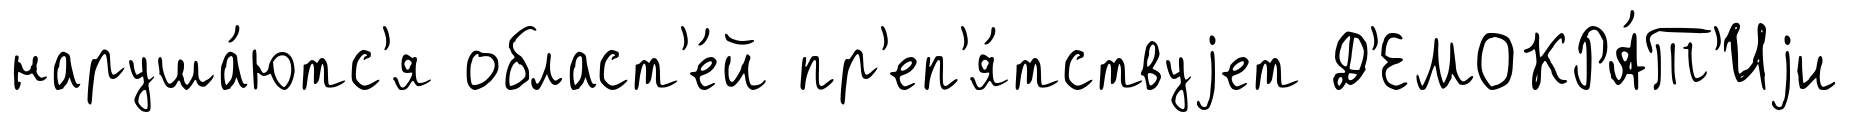
наруша́ютс'я област'е́й пр'еп'я́тствуjет Д'ЕМОКРА́Т'Иjи